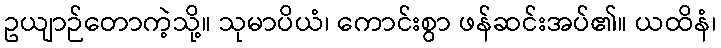
ဥယျာဉ်တောကဲ့သို့။ သုမာပိယံ၊ ကောင်းစွာ ဖန်ဆင်းအပ်၏။ ယထိနံ၊